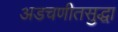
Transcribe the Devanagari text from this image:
अडचणीतसुद्धा